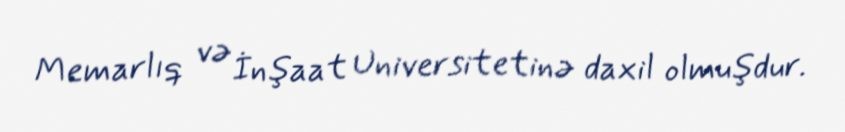
Memarlıq və İnşaat Universitetinə daxil olmuşdur.